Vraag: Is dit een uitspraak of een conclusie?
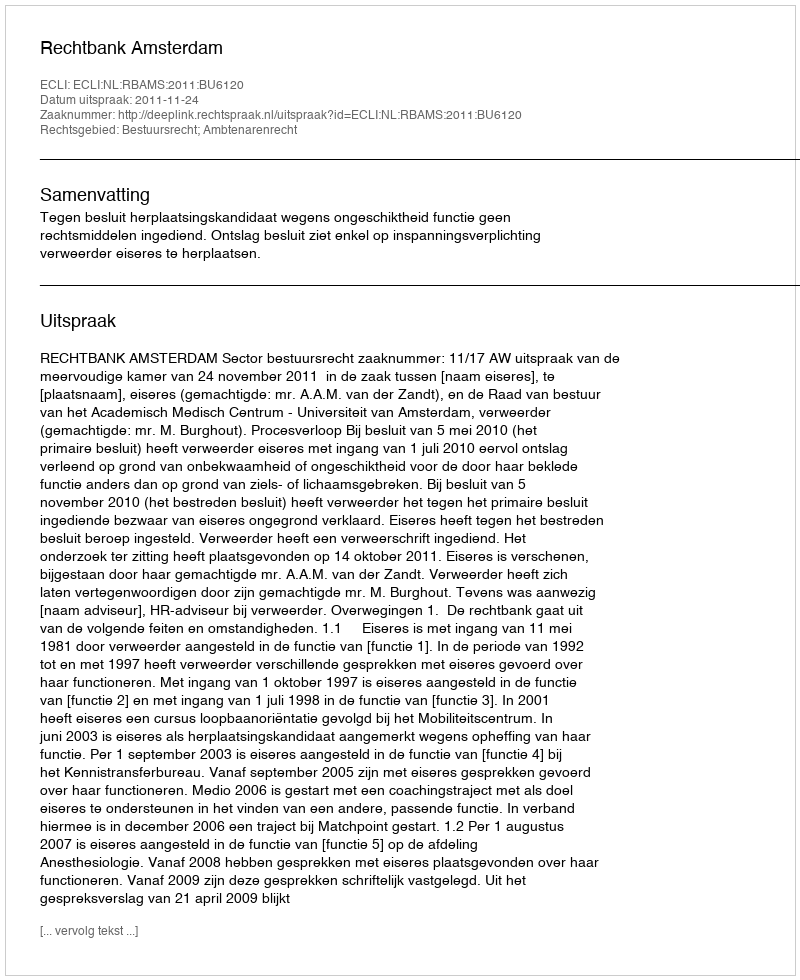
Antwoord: Uitspraak